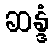
ဆန္ဒံ